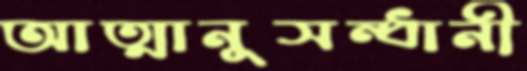
আত্মানুসন্ধানী